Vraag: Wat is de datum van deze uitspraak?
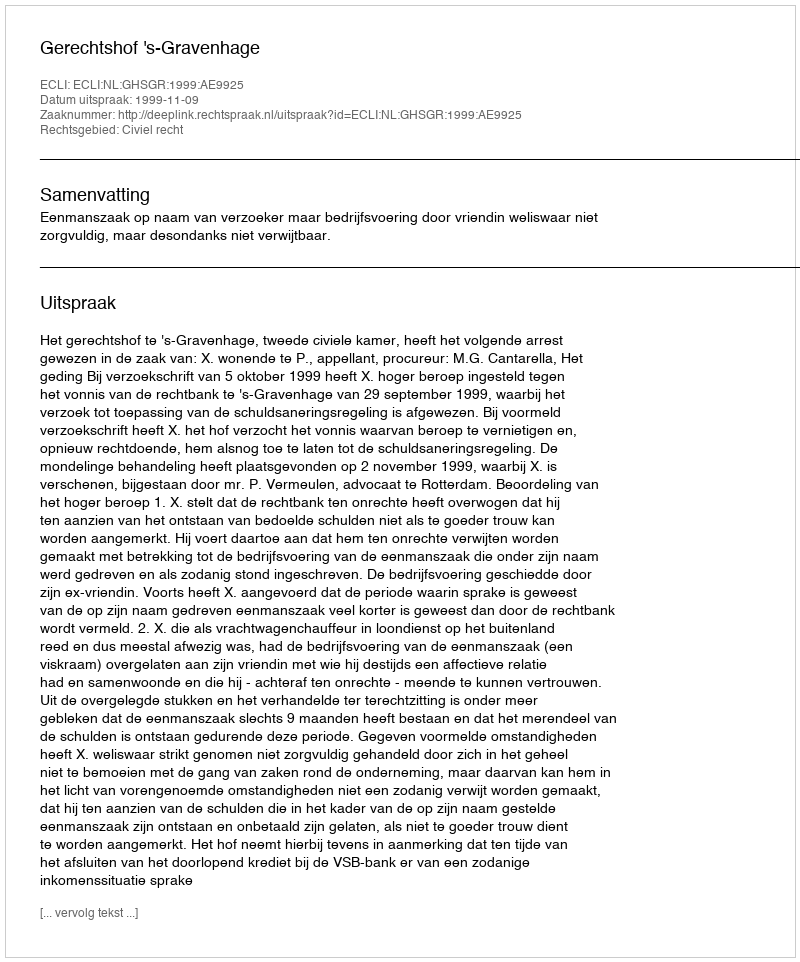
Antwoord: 1999-11-09